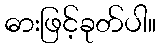
ဓားဖြင့်ခုတ်ပါ။